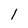
Character: I